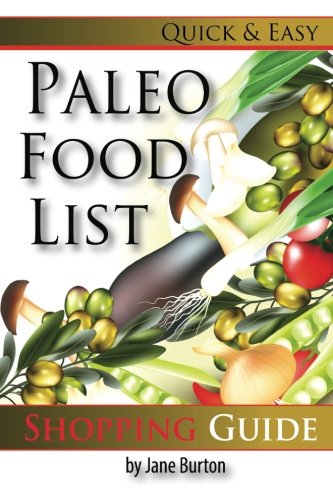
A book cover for Paleo Food List: Paleo Food Shopping List for the Supermarket; Diet Grocery list of Vegetables, Meats, Fruits & Pantry Foods (Paleo Diet: Paleo Diet ... The Caveman Diet Food List Guide) (Volume 2); Jane Burton; Health, Fitness & Dieting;